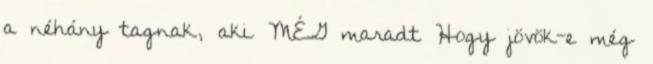
a néhány tagnak, aki MÉG maradt Hogy jövök-e még